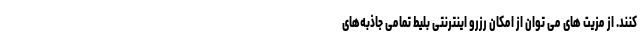
کنند. از مزیت های می توان از امکان رزرو اینترنتی بلیط تمامی جاذبه‌های